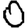
Digit: 0